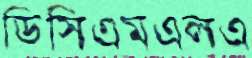
ডিসিএমএলএ